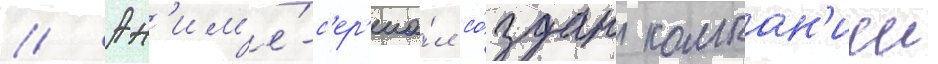
// Ан'им'е́-с'ер'иа́л со́здан компан'иеи